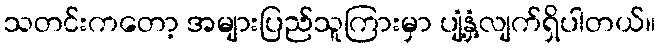
သတင်းကတော့ အများပြည်သူကြားမှာ ပျံ့နှံ့လျက်ရှိပါတယ်။